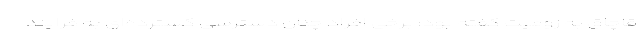
قاچاق به زومیت گفته بود: برخی افراد چنان دسترسی گسترده‌ای به فرایند